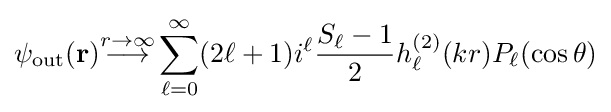
\psi _{\text{out}}(\mathbf {r} ){\stackrel {r\to \infty }{\longrightarrow }}\sum _{\ell =0}^{\infty }(2\ell +1)i^{\ell }{\frac {S_{\ell }-1}{2}}h_{\ell }^{(2)}(kr)P_{\ell }(\cos \theta )